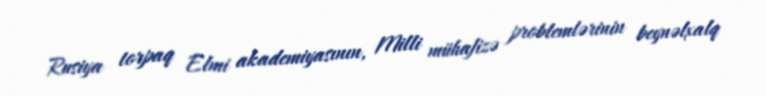
Rusiya torpaq Elmi akademiyasının, Milli mühafizə problemlərinin beynəlxalq